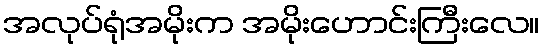
အလုပ်ရုံအမိုးက အမိုးဟောင်းကြီးလေ။